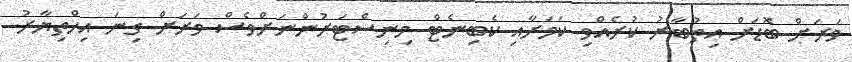
ވަރަށް ބޮޑަށް އިތުބާރު ކުރެއްވި ކަމަށާއި ކެބިނެޓް މިނިސްޓަރުންނަށްވެސް ވަރަށް ގިނަ އިހްތިޔާރު